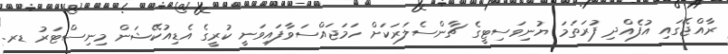
ރާއްޖޭގައި އުފެއްދި ފުރަތަމަ ޔުނިވަސިޓީގެ ޗާންސެލަރަކަށް ހަމަޖައްސަވާފައިވަނީ ކުރީގެ އެޑިއުކޭޝަން މިނިސްޓަރު ޑރ.